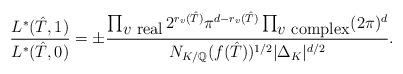
LaTeX: \begin{align*}\frac{L^{*}(\hat{T},1)}{L^{*}(\hat{T},0)}=\pm \frac{\prod_{\mbox{$v$ real}}2^{r_v(\hat{T})}\pi^{d-r_v(\hat{T})}\prod_{\mbox{$v$ complex}} (2\pi)^d}{N_{K/\mathbb{Q}}(f(\hat{T}))^{1/2}|\Delta_K|^{d/2}}.\end{align*}